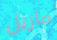
ماريل